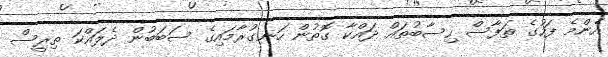
އެންމެ ފަހުގެ ތަފާސް ހިސާބުތައް ދައްކާ ގޮތުން ހަނގުރާމައިގެ ސަބަބުން ދެލައްކަ ތިރީސް